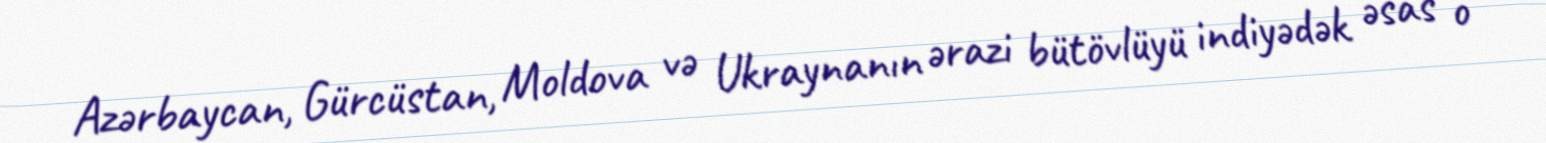
Azərbaycan, Gürcüstan, Moldova və Ukraynanın ərazi bütövlüyü indiyədək əsas o